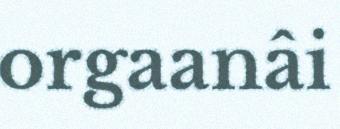
orgaanâi